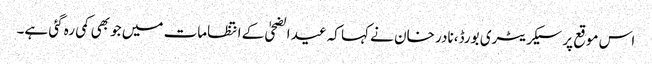
اس موقع پر سیکریٹری بورڈ، نادر خان نے کہا کہ عید الضحیٰ کے انتظامات میں جو بھی کمی رہ گئی ہے۔